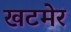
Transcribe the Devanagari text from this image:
खटमेर